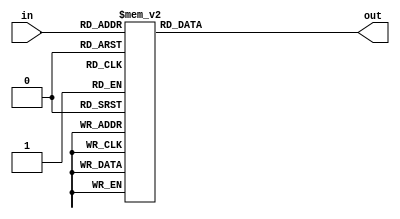
`timescale 1ns / 1ps
//////////////////////////////////////////////////////////////////////////////////
// Company: 
// Engineer: 
// 
// Design Name: 
// Module Name: sevseg_decode
// Project Name: 
// Target Devices: 
// Tool Versions: 
// Description: 
// 
// Dependencies: 
// 
// Revision:
// Revision 0.01 - File Created
// Additional Comments:
// 
//////////////////////////////////////////////////////////////////////////////////


module sevseg_decode(
                     input [3:0] in,
                     output reg [7:0] out
  );

   always @(*) begin
      case (in)
        4'h0: out = ~8'b00111111;
        4'h1: out = ~8'b00000110;
        4'h2: out = ~8'b01011011;
        4'h3: out = ~8'b01001111;
        4'h4: out = ~8'b01100110;
        4'h5: out = ~8'b01101101;
        4'h6: out = ~8'b01111101;
        4'h7: out = ~8'b00000111;
        4'h8: out = ~8'b01111111;
        4'h9: out = ~8'b01100111;
        4'ha: out = ~8'b01110111;
        4'hb: out = ~8'b01111100;
        4'hc: out = ~8'b01011000;
        4'hd: out = ~8'b01011110;
        4'he: out = ~8'b01111001;
        4'hf: out = ~8'b01110001;
      endcase
   end
endmodule